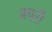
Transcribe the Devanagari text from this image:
अपरी